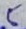
Text: 5